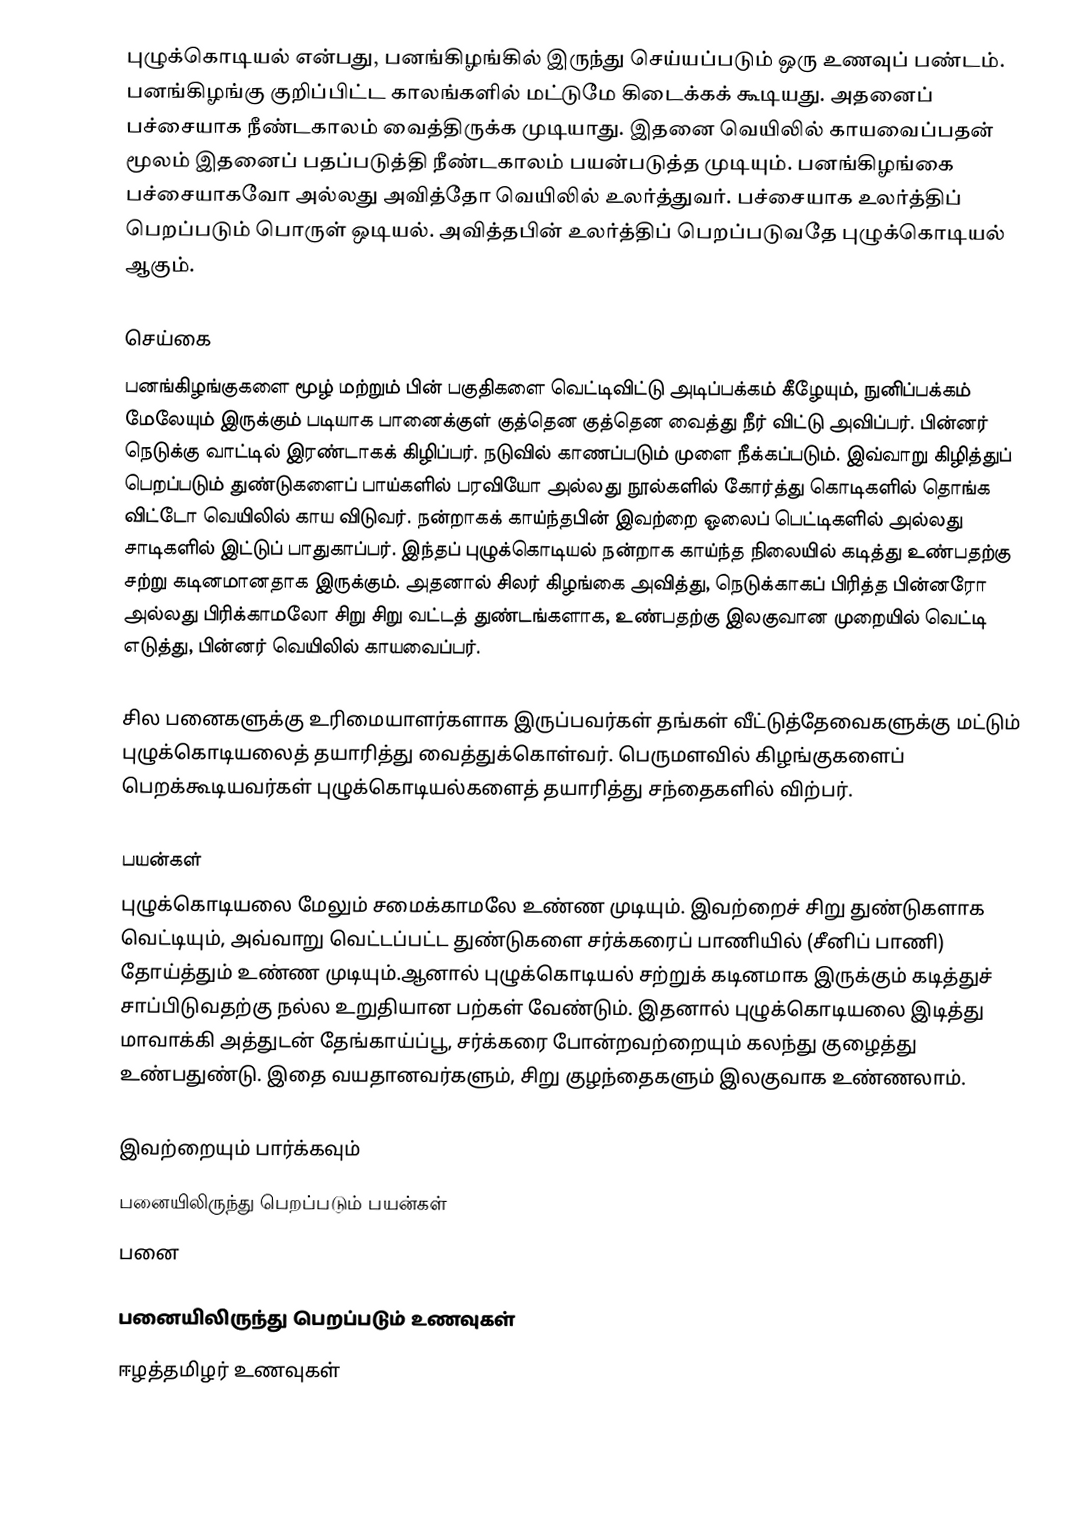
புழுக்கொடியல் என்பது, பனங்கிழங்கில் இருந்து செய்யப்படும் ஒரு உணவுப் பண்டம். பனங்கிழங்கு குறிப்பிட்ட காலங்களில் மட்டுமே கிடைக்கக் கூடியது. அதனைப் பச்சையாக நீண்டகாலம் வைத்திருக்க முடியாது. இதனை வெயிலில் காயவைப்பதன் மூலம் இதனைப் பதப்படுத்தி நீண்டகாலம் பயன்படுத்த முடியும். பனங்கிழங்கை பச்சையாகவோ அல்லது அவித்தோ வெயிலில் உலர்த்துவர். பச்சையாக உலர்த்திப் பெறப்படும் பொருள் ஒடியல். அவித்தபின் உலர்த்திப் பெறப்படுவதே புழுக்கொடியல் ஆகும்.

செய்கை
பனங்கிழங்குகளை மூழ் மற்றும் பின் பகுதிகளை வெட்டிவிட்டு அடிப்பக்கம் கீழேயும், நுனிப்பக்கம் மேலேயும் இருக்கும் படியாக பானைக்குள் குத்தென குத்தென வைத்து நீர் விட்டு அவிப்பர். பின்னர் நெடுக்கு வாட்டில் இரண்டாகக் கிழிப்பர். நடுவில் காணப்படும் முளை நீக்கப்படும். இவ்வாறு கிழித்துப் பெறப்படும் துண்டுகளைப் பாய்களில் பரவியோ அல்லது நூல்களில் கோர்த்து கொடிகளில் தொங்க விட்டோ வெயிலில் காய விடுவர். நன்றாகக் காய்ந்தபின் இவற்றை ஓலைப் பெட்டிகளில் அல்லது சாடிகளில் இட்டுப் பாதுகாப்பர். இந்தப் புழுக்கொடியல் நன்றாக காய்ந்த நிலையில் கடித்து உண்பதற்கு சற்று கடினமானதாக இருக்கும். அதனால் சிலர் கிழங்கை அவித்து, நெடுக்காகப் பிரித்த பின்னரோ அல்லது பிரிக்காமலோ சிறு சிறு வட்டத் துண்டங்களாக, உண்பதற்கு இலகுவான முறையில் வெட்டி எடுத்து, பின்னர் வெயிலில் காயவைப்பர்.

சில பனைகளுக்கு உரிமையாளர்களாக இருப்பவர்கள் தங்கள் வீட்டுத்தேவைகளுக்கு மட்டும் புழுக்கொடியலைத் தயாரித்து வைத்துக்கொள்வர். பெருமளவில் கிழங்குகளைப் பெறக்கூடியவர்கள் புழுக்கொடியல்களைத் தயாரித்து சந்தைகளில் விற்பர்.

பயன்கள்
புழுக்கொடியலை மேலும் சமைக்காமலே உண்ண முடியும். இவற்றைச் சிறு துண்டுகளாக வெட்டியும், அவ்வாறு வெட்டப்பட்ட துண்டுகளை சர்க்கரைப் பாணியில் (சீனிப் பாணி) தோய்த்தும் உண்ண முடியும்.ஆனால் புழுக்கொடியல் சற்றுக் கடினமாக இருக்கும் கடித்துச் சாப்பிடுவதற்கு நல்ல உறுதியான பற்கள் வேண்டும். இதனால் புழுக்கொடியலை இடித்து மாவாக்கி அத்துடன் தேங்காய்ப்பூ, சர்க்கரை போன்றவற்றையும் கலந்து குழைத்து உண்பதுண்டு. இதை வயதானவர்களும், சிறு குழந்தைகளும் இலகுவாக உண்ணலாம்.

இவற்றையும் பார்க்கவும்
 பனையிலிருந்து பெறப்படும் பயன்கள்
 பனை

பனையிலிருந்து பெறப்படும் உணவுகள்
ஈழத்தமிழர் உணவுகள்